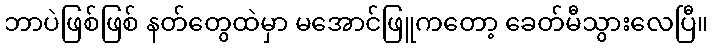
ဘာပဲဖြစ်ဖြစ် နတ်တွေထဲမှာ မအောင်ဖြူကတော့ ခေတ်မီသွားလေပြီ။